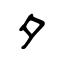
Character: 夕